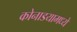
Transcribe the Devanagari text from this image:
कोनाडयामध्ये